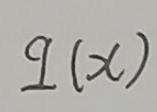
$q(x)$